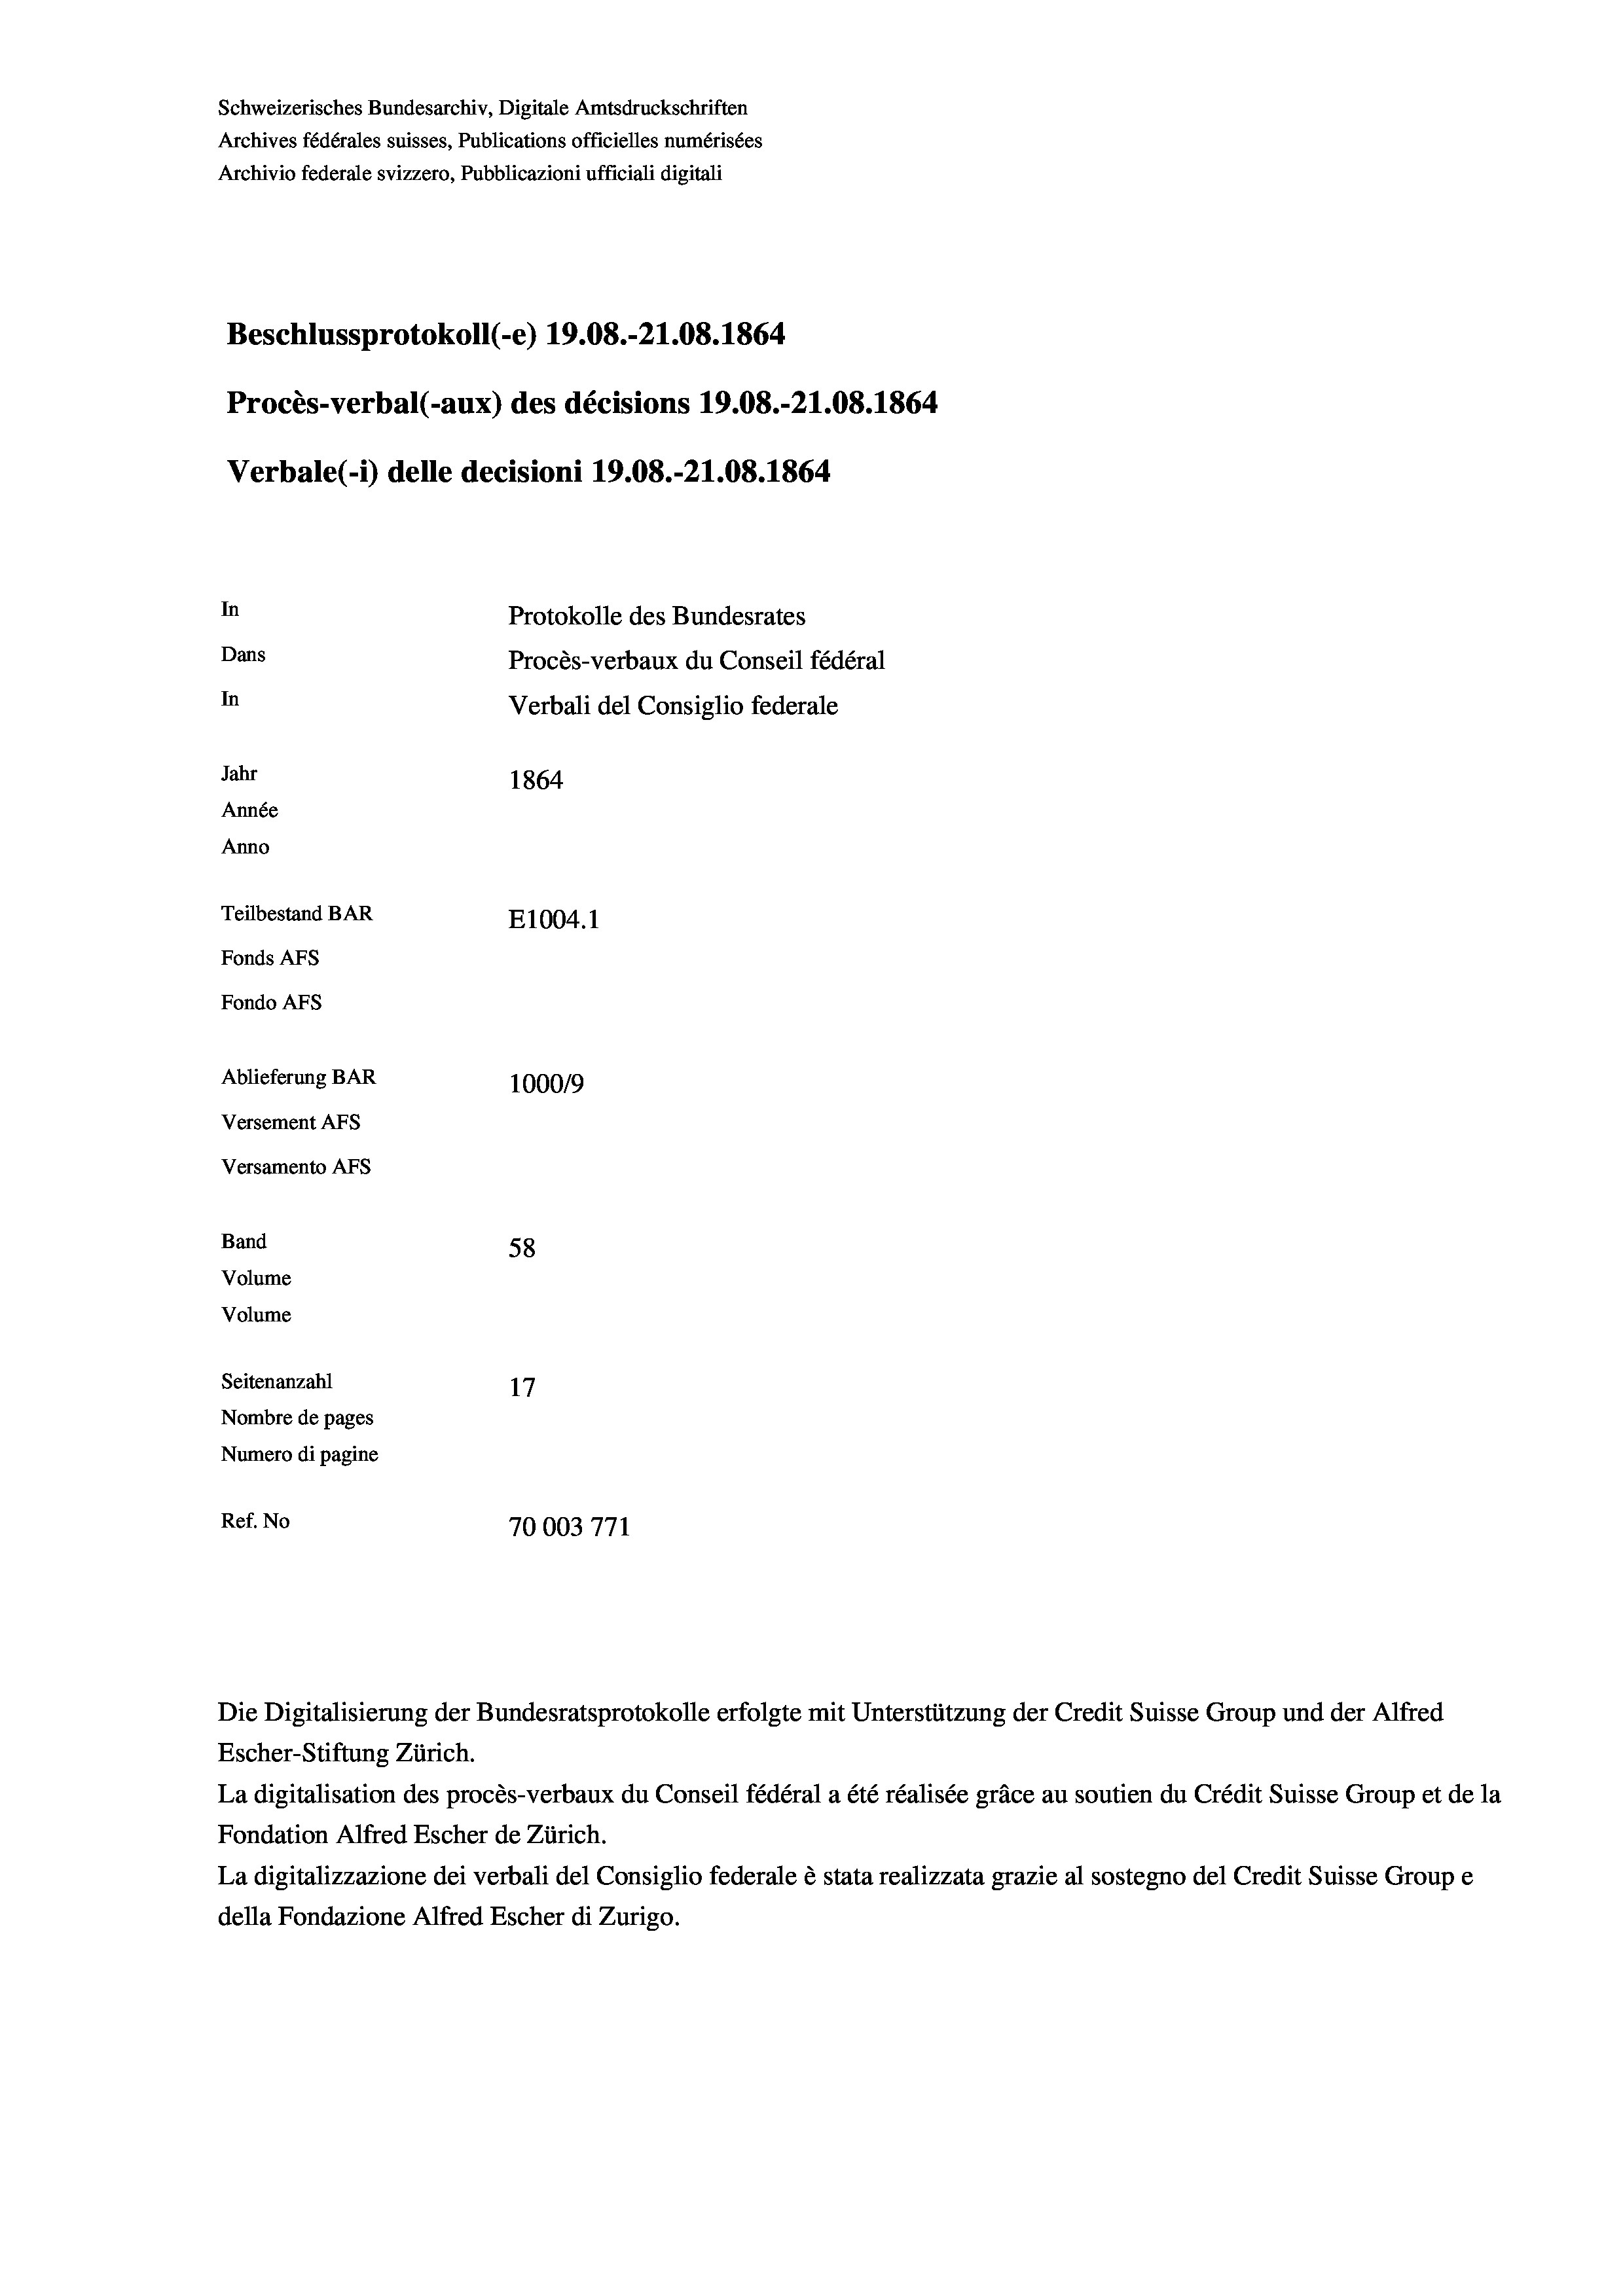
Schweizerisches Bundesarchiv, Digitale Amtsdruckschriften
Archives fédérales suisses, Publications officielles numérisées
Archivio federale svizzero, Pubblicazioni ufficiali digitali
Beschlussprotokoll (-e) 19.08.-21.08. 1864
Procès-verbal (-aux) des décisions 19.08.-21.08. 1864
Verbale (- 1) delle decisioni 19.08.-21.08. 1864
In
Protokolle des Bundesrates
Dans
Procès-verbaux du Conseil fédéral
In
Verbali del Consiglio federale
Jahr
1864
Année
Anno
Teilbestand BAR
E1004.1
Fonds AFs
Fondo AFS

Ablieferung BAR
Versement AFs
Versamento Afs
Band
Volume
Volume
Seitenanzahl

100019
58
17
Nombre de pages
Numero di pagine
Ref. No
70003771

Escher-Stiftung Zürich.
La digitalisation des procès-verbaux du Conseil fédéral a été réalisée gräce au soutien du Crédit Suisse Group et de la
Fondation Alfred Escher de Zürich.
La digitalizzazione dei verbali del Consiglio federale è stata realizzata grazie al sostegno del Credit Suisse Groupe
della Fondazione Alfred Escher di Zurigo.

Die Digitalisierung der Bundesratsprotokolle erfolgte mit Unterstützung der Credit Suisse Group und der Alfred